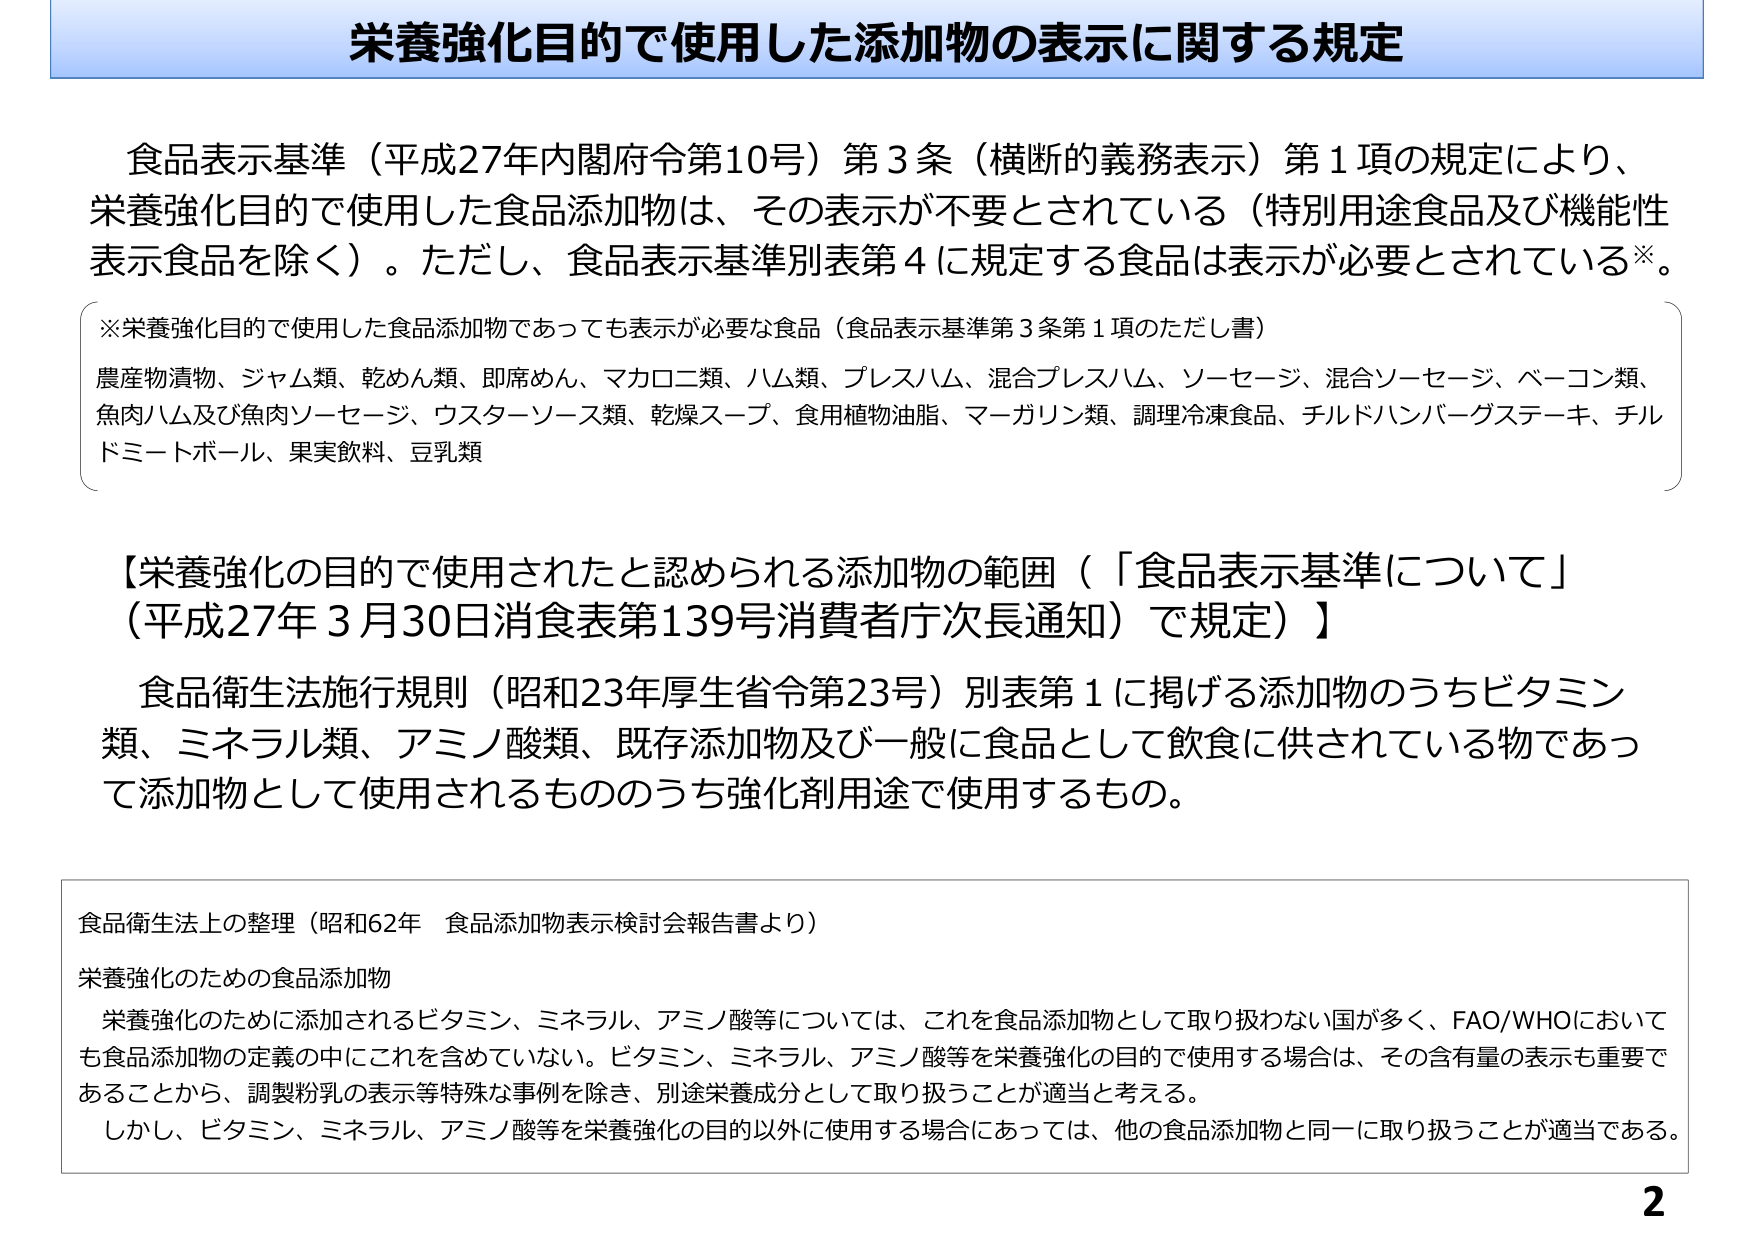
栄養強化目的で使用した添加物の表示に関する規定

食品表示基準（平成27年内閣府令第10号）第3条（横断的義務表示）第1項の規定により、
栄養強化目的で使用した食品添加物は、その表示が不要とされている（特別用途食品及び機能性
表示食品を除く）。ただし、食品表示基準別表第4に規定する食品は表示が必要とされている※。

※栄養強化目的で使用した食品添加物であっても表示が必要な食品（食品表示基準第3条第1項のただし書）
農産物漬物、ジャム類、乾めん類、即席めん、マカロニ類、ハム類、プレスハム、混合プレスハム、ソーセージ、混合ソーセージ、ベーコン類、
魚肉ハム及び魚肉ソーセージ、ウスターソース類、乾燥スープ、食用植物油脂、マーガリン類、調理冷凍食品、チルドハンバーグステーキ、チル
ドミートボール、果実飲料、豆乳類

【栄養強化の目的で使用されたと認められる添加物の範囲（「食品表示基準について」
（平成27年3月30日消食表第139号消費者庁次長通知）で規定）】

食品衛生法施行規則（昭和23年厚生省令第23号）別表第1に掲げる添加物のうちビタミン
類、ミネラル類、アミノ酸類、既存添加物及び一般に食品として飲食に供されている物であっ
て添加物として使用されるもののうち強化剤用途で使用するもの。

食品衛生法上の整理（昭和62年 食品添加物表示検討会報告書より）
栄養強化のための食品添加物
栄養強化のために添加されるビタミン、ミネラル、アミノ酸等については、これを食品添加物として取り扱わない国が多く、FAO/WHOにおいて
も食品添加物の定義の中にこれを含めていない。ビタミン、ミネラル、アミノ酸等を栄養強化の目的で使用する場合は、その含有量の表示も重要で
あることから、調製粉乳の表示等特殊な事例を除き、別途栄養成分として取り扱うことが適当と考える。
しかし、ビタミン、ミネラル、アミノ酸等を栄養強化の目的以外に使用する場合にあっては、他の食品添加物と同一に取り扱うことが適当である。

2